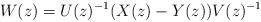
LaTeX: \begin{align*}W(z)=U(z)^{-1}(X(z)-Y(z))V(z)^{-1}\end{align*}